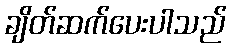
ချိတ်ဆက်ပေးပါသည်